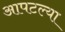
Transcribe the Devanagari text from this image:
आपटल्या